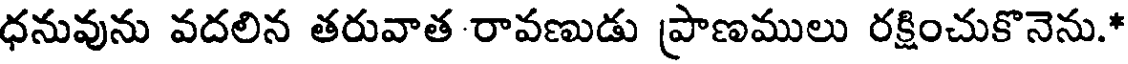
ధనువును వదలిన తరువాత రావణుడు ప్రాణములు రక్షించుకొనెను.*